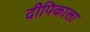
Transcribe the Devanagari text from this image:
दीपिकाला